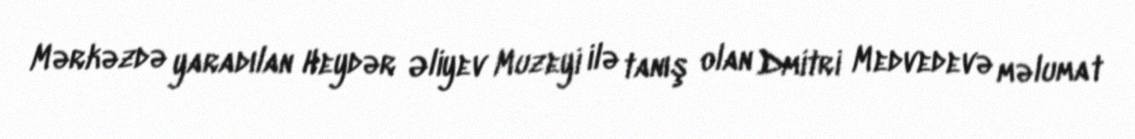
Mərkəzdə yaradılan Heydər Əliyev Muzeyi ilə tanış olan Dmitri Medvedevə məlumat